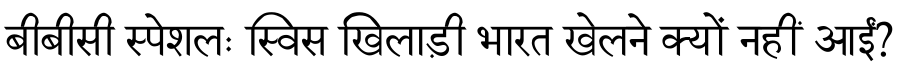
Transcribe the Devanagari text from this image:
बीबीसी स्पेशलः स्विस खिलाड़ी भारत खेलने क्यों नहीं आईं?